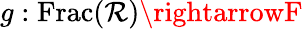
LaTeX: g:\operatorname{Frac}(\mathcal{R})\rightarrowF